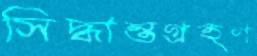
সিদ্ধান্তগ্রহণ